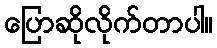
ပြောဆိုလိုက်တာပါ။